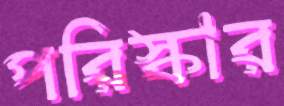
পরিস্কার